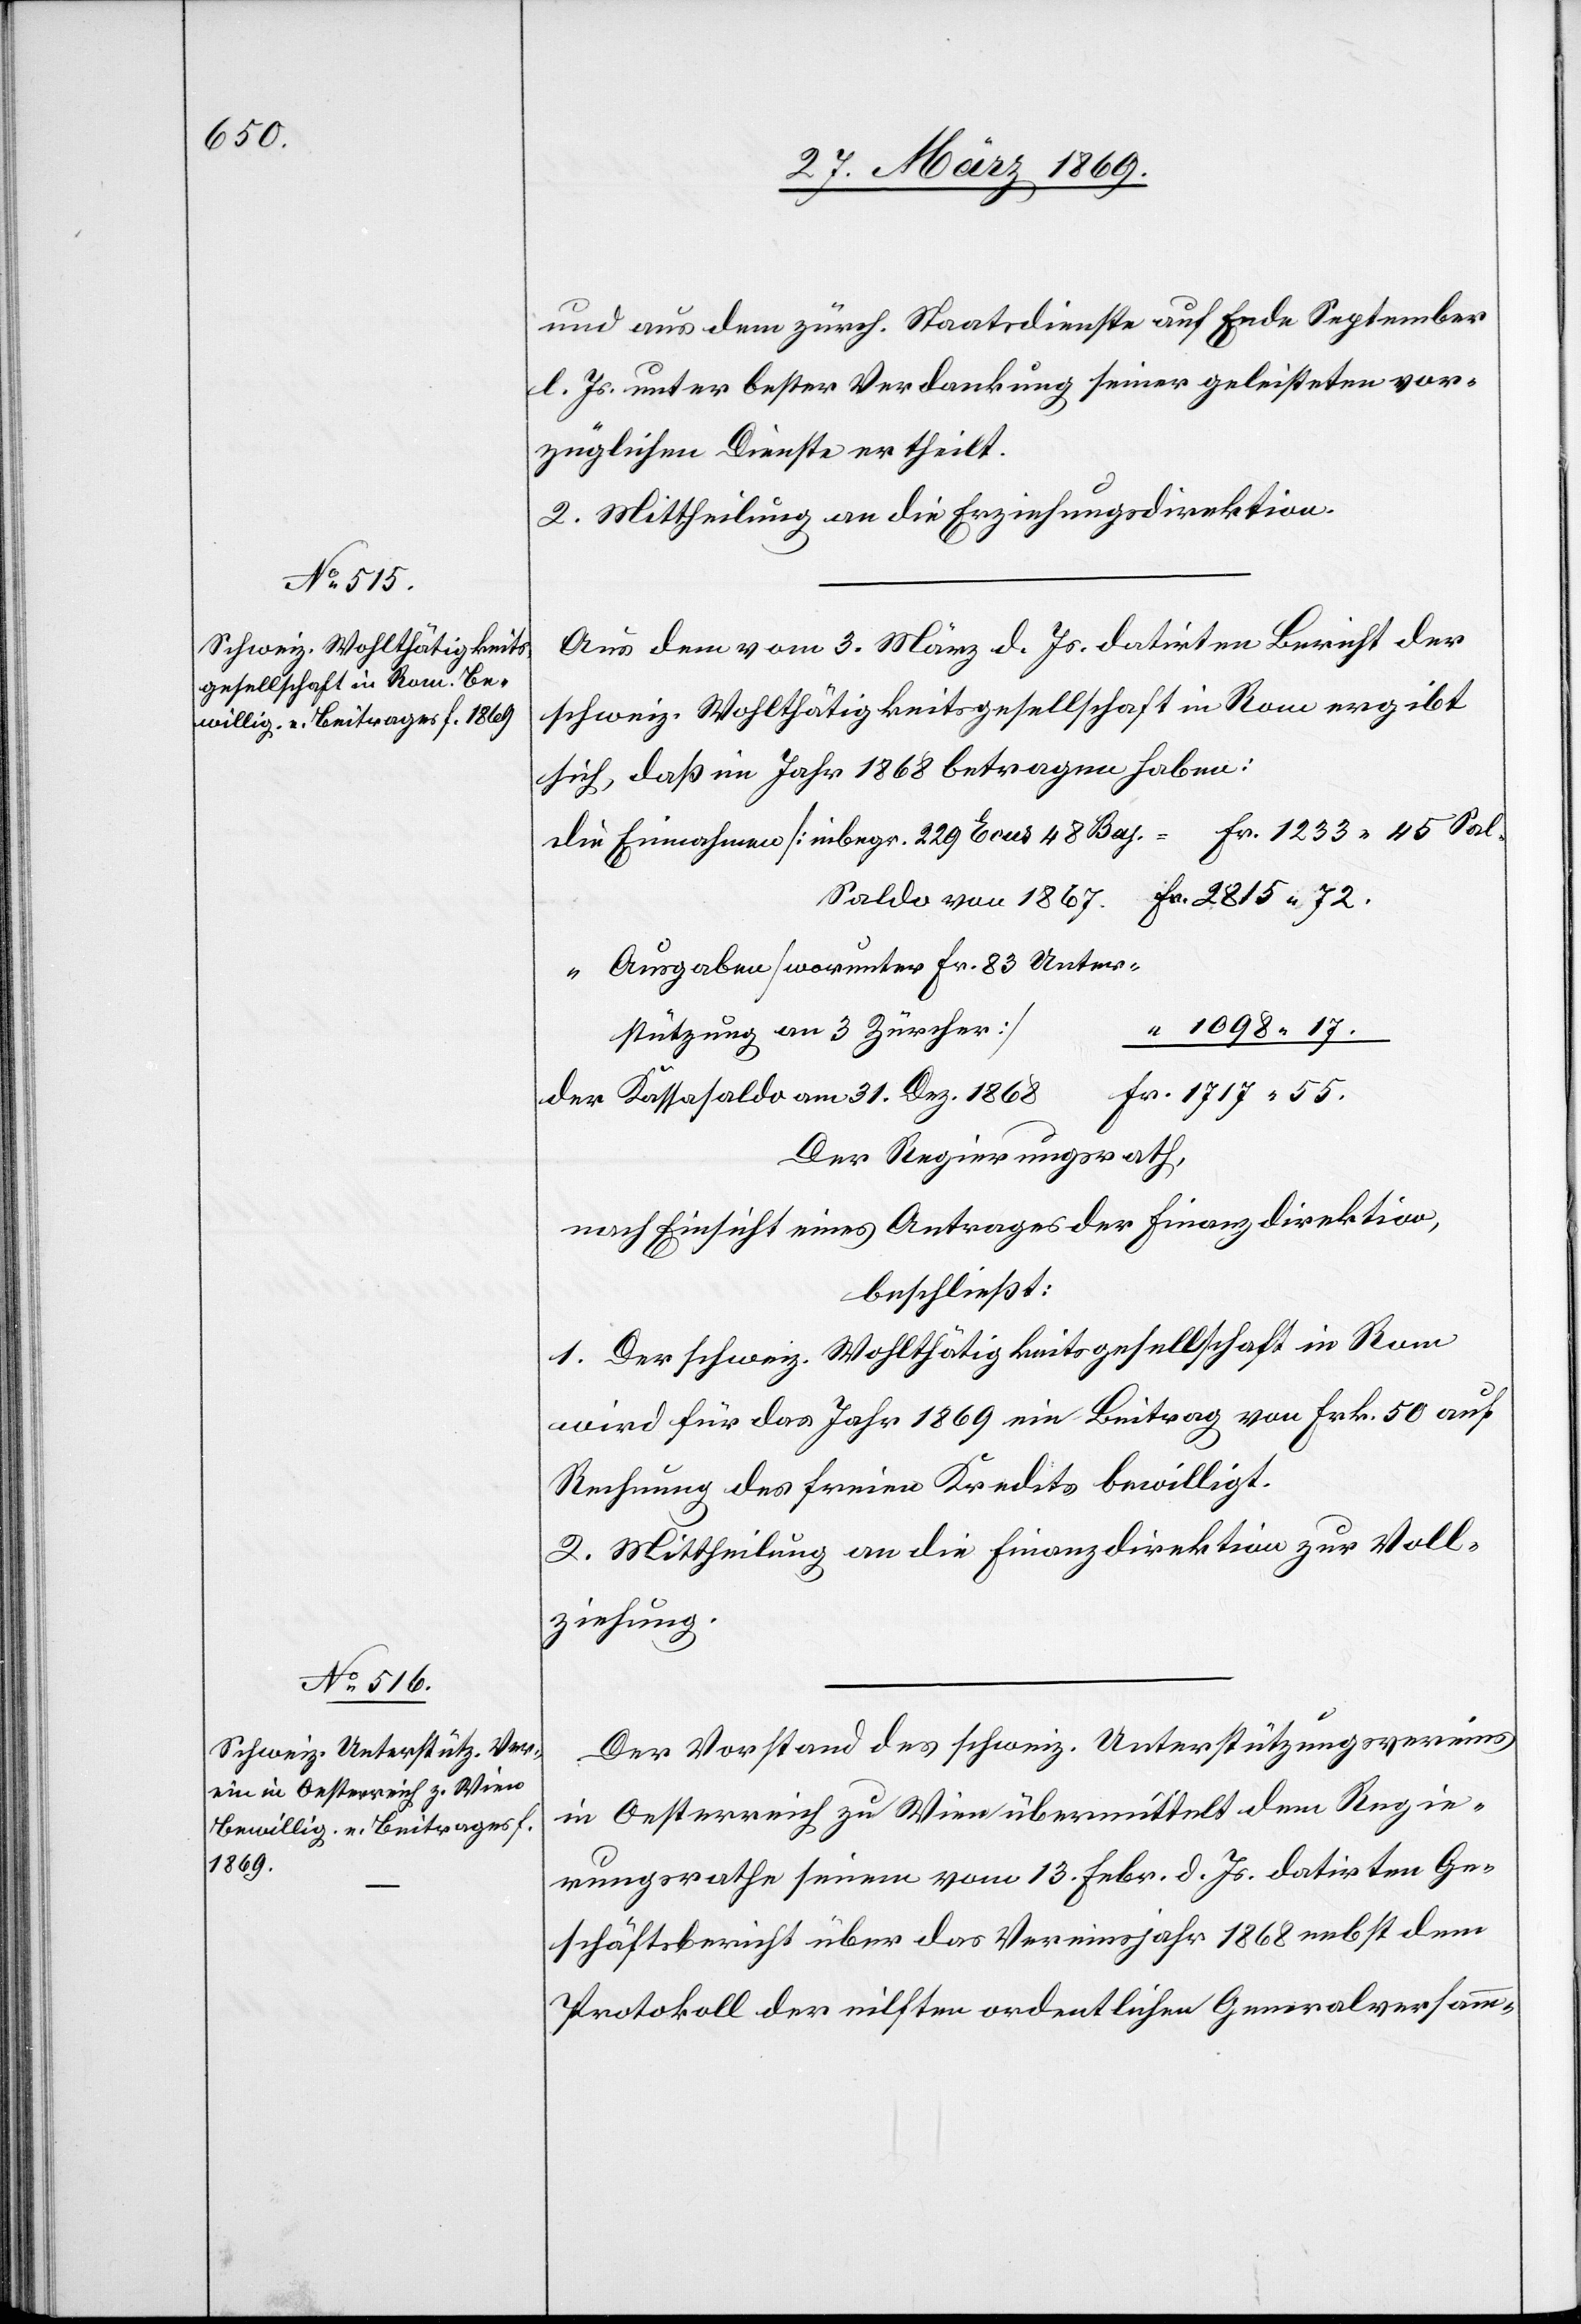
und aus dem zürch. Staatsdienste auf Ende September
l. Js. unter bester Verdankung seiner geleisteten vor¬
züglichen Dienste ertheilt.
2. Mittheilung an die Erziehungsdirektion.
Aus dem vom 3. März d. Js. datirten Bericht der
schweiz. Wohlthätigkeitsgesellschaft in Rom ergibt
sich, daß im Jahr 1868 betragen haben:
Die Einnahmen [inbegr. 229 Ecus 48 Baz.
Saldo von 1867.
Ausgaben worunter Fr. 83 Unter¬
stützung an 3 Zürcher]
Der Kassasaldo am 31. Dez. 1868
Der Regierungsrath,
nach Einsicht eines Antrages der Finanzdirektion,
beschließt:
1. Der schweiz. Wohlthätigkeitsgesellschaft in Rom
wird für das Jahr 1869 ein Beitrag von Frk. 50 auf
Rechnung des freien Kredits bewilligt.
2. Mittheilung an die Finanzdirektion zur Voll¬
ziehung.
Der Vorstand des schweiz. Unterstützungsvereins
in Oesterreich zu Wien übermittelt dem Regie¬
rungsrathe seinen vom 13. Febr. d. Js. datirten Ge¬
schäftsbericht über das Vereinsjahr 1868 nebst dem
Protokoll der eilften ordentlichen Generalversamm-